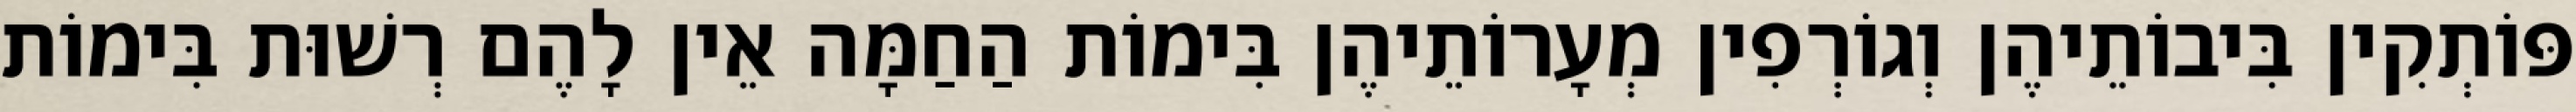
פּוֹתְקִין בִּיבוֹתֵיהֶן וְגוֹרְפִין מְעָרוֹתֵיהֶן בִּימוֹת הַחַמָּה אֵין לָהֶם רְשׁוּת בִּימוֹת